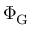
\Phi _ { \mathrm { G } }